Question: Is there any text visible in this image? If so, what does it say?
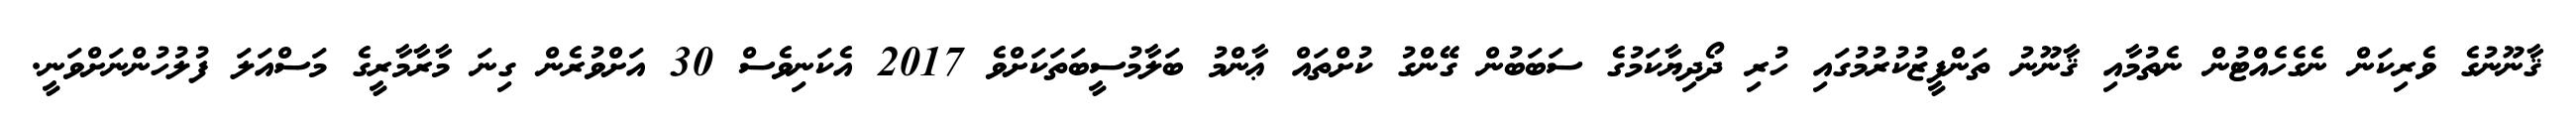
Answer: ޤާނޫނުގެ ވެރިކަން ނެގެހެއްޓުން ނެތުމާއި ޤާނޫނު ތަންފީޒުކުރުމުގައި ހުރި ދޯދިޔާކަމުގެ ސަބަބުން ގޭންގު ކުށްތައް ޢާންމު ބަލާމުސީބަތަކަށްވެ 2017 އެކަނިވެސް 30 އަށްވުރެން ގިނަ މާރާމާރީގެ މަސްއަލަ ފުލުހުންނަށްވަނީ.